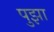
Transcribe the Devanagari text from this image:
पुझा